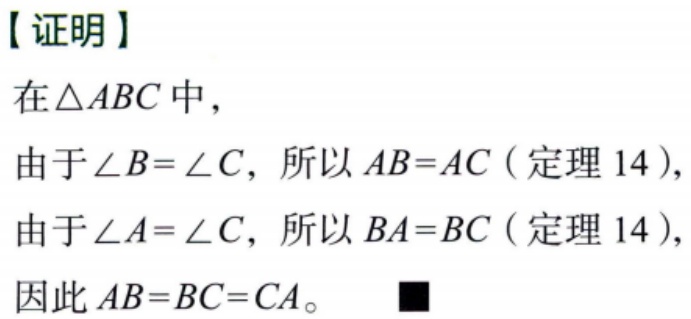
【证明】

在$\triangle ABC$中，

由于$\angle B = \angle C$，所以$AB = AC$（定理 14），

由于$\angle A = \angle C$，所以$BA = BC$（定理 14），

因此$AB = BC = CA$。$\blacksquare$